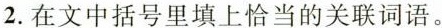
2. 在文中括号里填上恰当的关联词语。